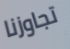
تجاوزنا